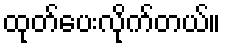
ထုတ်ပေးလိုက်တယ်။